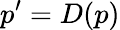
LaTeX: p^{\prime}=D(p)